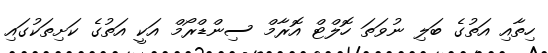
ހިތާއި އަތުގެ ބަލި ނުވަތަ ހޮލްޓް އޮރާމް ސިންޑްރޯމް އަކީ އަތުގެ ކަށިތަކުގައި